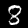
Digit: 8